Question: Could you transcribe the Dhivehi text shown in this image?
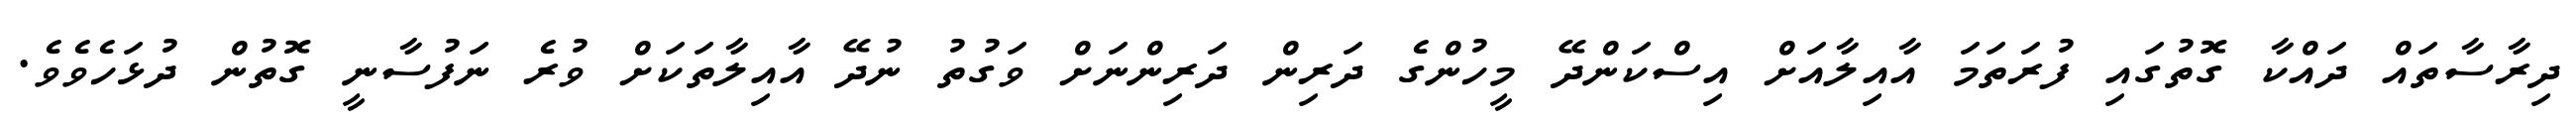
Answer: ދިރާސާތައް ދައްކާ ގޮތުގައި ފުރަތަމަ އާއިލާއަށް އިސްކަންދޭ މީހުންގެ ދަރިން ދަރިންނަށް ވަގުތު ނުދޭ އާއިލާތަކަށް ވުރެ ނަފުސާނީ ގޮތުން ދުޅަހެވެވެ.